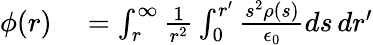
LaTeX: \begin{array}{rl}{\phi(r)}&{{}=\int_{r}^{\infty}\frac{1}{r^{2}}\int_{0}^{r^{\prime}}\frac{s^{2}\rho(s)}{\epsilon_{0}}ds\, dr^{\prime}}\end{array}